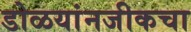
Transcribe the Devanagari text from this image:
डोळयांनजीकचा